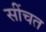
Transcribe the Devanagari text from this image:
सींचत